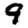
Digit: 9